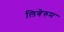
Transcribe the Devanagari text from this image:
लिबेरुम